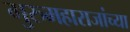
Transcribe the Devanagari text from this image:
गुरुमहाराजांच्या